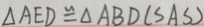
\Delta A E D \cong \Delta A B D ( S A S )